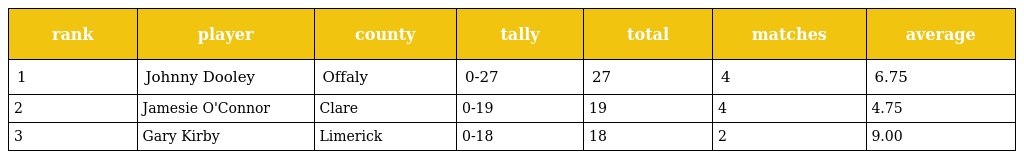
| rank | player | county | tally | total | matches | average |
 | --- | --- | --- | --- | --- | --- | --- |
 | 1 | Johnny Dooley | Offaly | 0-27 | 27 | 4 | 6.75 |
 | 2 | Jamesie O'Connor | Clare | 0-19 | 19 | 4 | 4.75 |
 | 3 | Gary Kirby | Limerick | 0-18 | 18 | 2 | 9.00 |